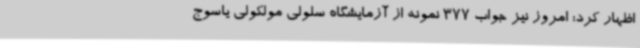
اظهار کرد: امروز نیز جواب 377 نمونه از آزمایشگاه سلولی مولکولی یاسوج